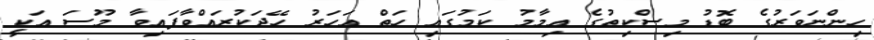
ހިންނަވަރުގެ ބޮޑު މިސްކިތުގެ އިމާމު ކަމުގައި ހަތް އަހަރު ހޭދަކުރައްވާފައިވާ މޫސަ އަކީ